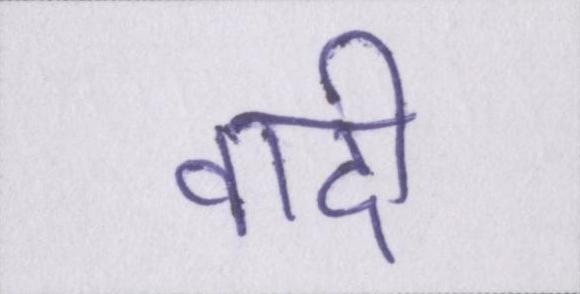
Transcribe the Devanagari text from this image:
वादी